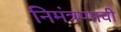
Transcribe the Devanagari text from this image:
निमंत्रणाची